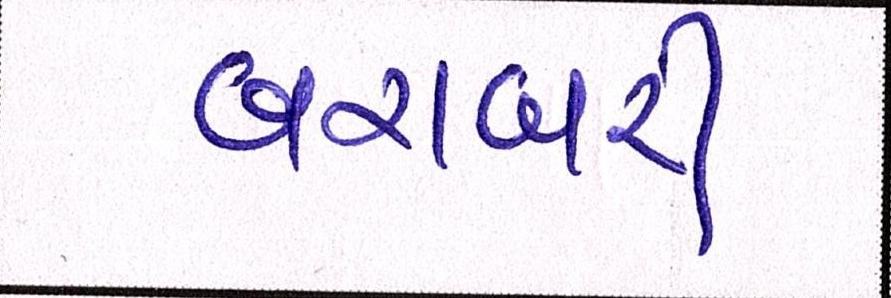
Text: બરાબરી